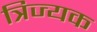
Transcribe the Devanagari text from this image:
त्रिज्यक